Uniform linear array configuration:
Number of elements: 4
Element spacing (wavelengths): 0.25
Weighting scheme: hamming
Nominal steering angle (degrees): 0
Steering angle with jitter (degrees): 0.4749
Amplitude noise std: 0.05
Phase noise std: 0.05

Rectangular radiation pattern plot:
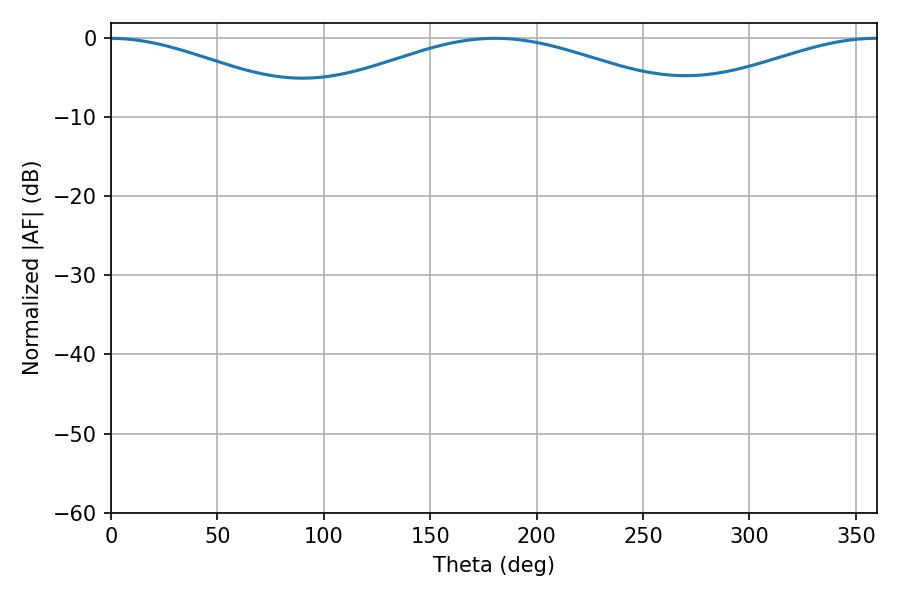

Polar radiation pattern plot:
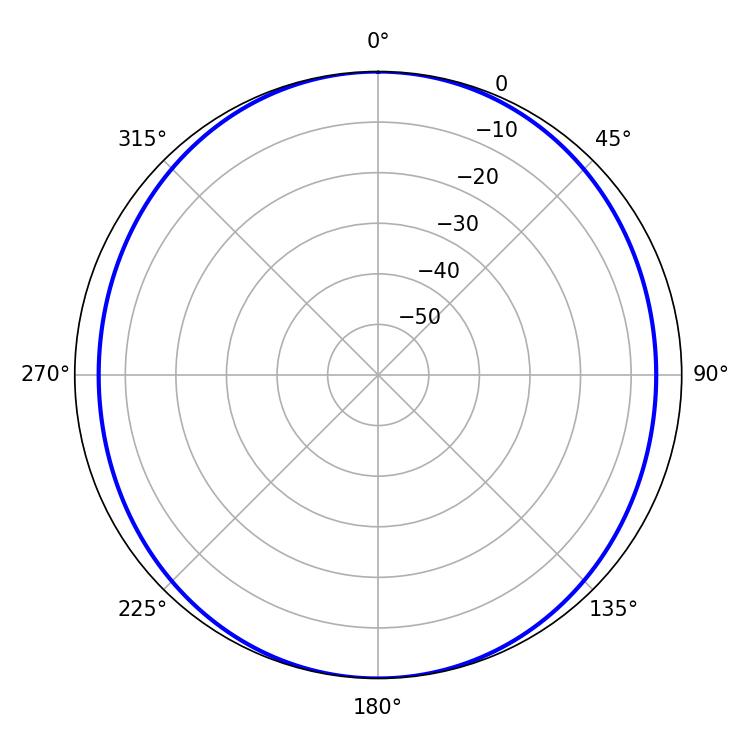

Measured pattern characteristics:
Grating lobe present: FALSE
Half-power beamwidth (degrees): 104.22
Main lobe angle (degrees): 180.54